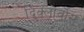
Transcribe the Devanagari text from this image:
दिक्लोर्वोस